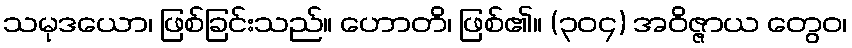
သမုဒယော၊ ဖြစ်ခြင်းသည်။ ဟောတိ၊ ဖြစ်၏။ (၃၀၄) အဝိဇ္ဇာယ တွေဝ၊